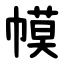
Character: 幙